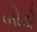
બોડો